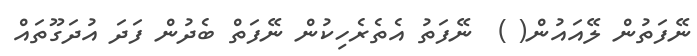
ނޭފަތުން ލޭއައުން( )  ނޭފަތު އެތެރެހިކުން ނޭފަތް ބެދުން ފަދަ އުދަގޫތައް